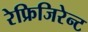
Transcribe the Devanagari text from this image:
रेफ्रिजिरेन्ट